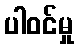
ပါဝင်မှု